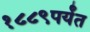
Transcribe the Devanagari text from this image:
१८८९पर्यंत